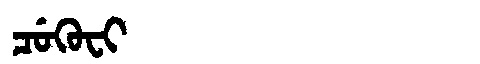
Manchu: ᠴᡠᡴᡠᠸᡳ
Romanization: CUKUFI